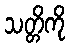
သတ္တိကို